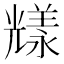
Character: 𠓁